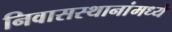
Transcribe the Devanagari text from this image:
निवासस्थानांमध्ये